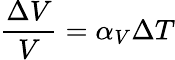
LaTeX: {\frac{\Delta V}{V}}=\alpha_{V}\Delta T